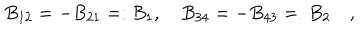
B _ { 1 2 } = - B _ { 2 1 } = : B _ { 1 } , \quad B _ { 3 4 } = - B _ { 4 3 } = : B _ { 2 } \quad ,